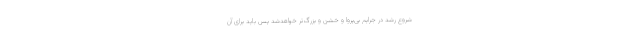
شروع رشد در جرایم بی‌پروا و خشن و بزرگ‌تر خواهدشد پس باید برای آن